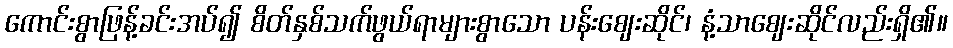
ကောင်းစွာဖြန့်ခင်းအပ်၍ စိတ်နှစ်သက်ဖွယ်ရာများစွာသော ပန်းဈေးဆိုင်၊ နံ့သာဈေးဆိုင်လည်းရှိ၏။